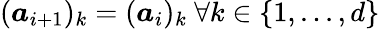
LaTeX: (\boldsymbol{a}_{i+1})_{k}=(\boldsymbol{a}_{i})_{k}\mathrm{~}\forall k\in\{ 1,...,d\}